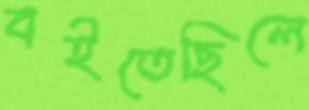
বইতেছিলে